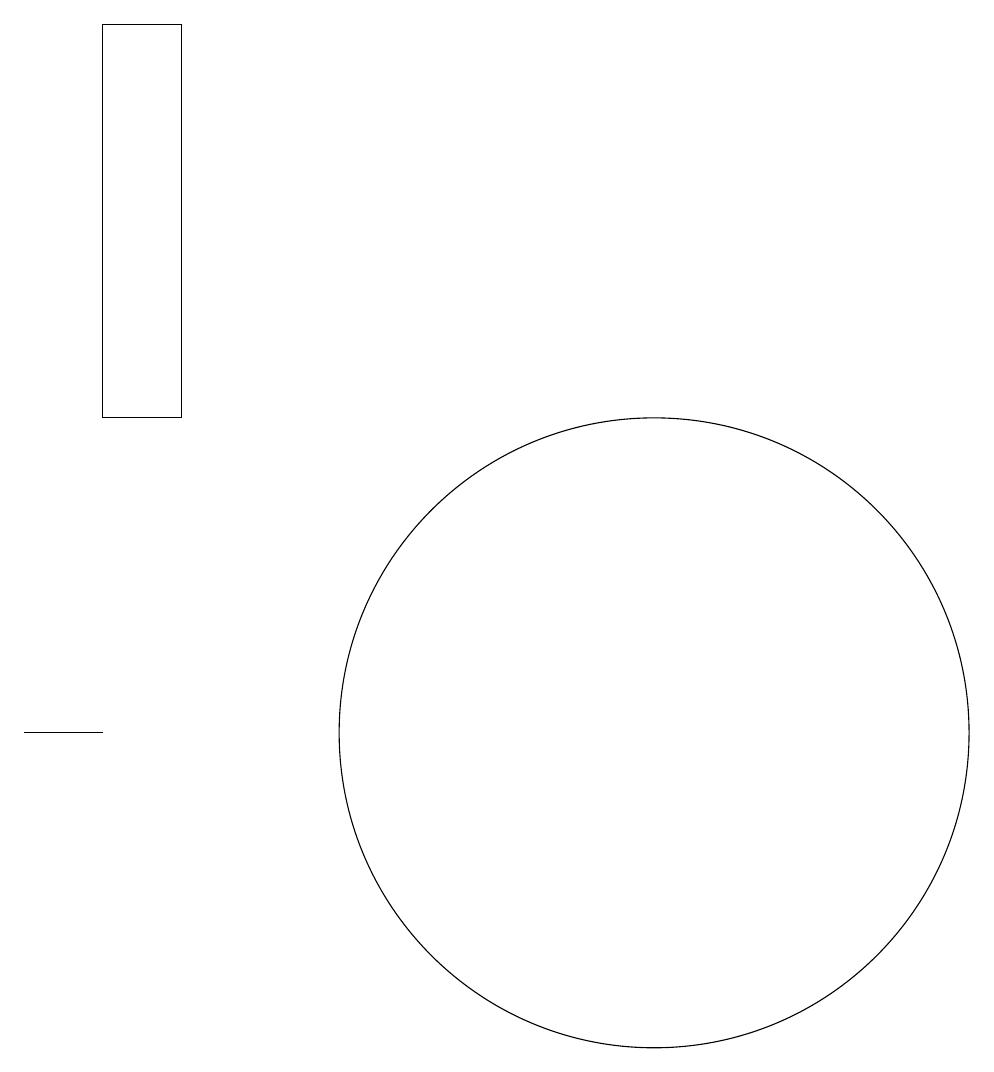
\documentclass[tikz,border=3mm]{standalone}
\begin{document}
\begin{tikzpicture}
\draw (4,19) rectangle (3,14);
\draw (3,10) rectangle (2,10);
\draw (10,10) circle (4);
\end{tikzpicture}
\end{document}